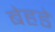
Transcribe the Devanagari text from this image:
बेहडे